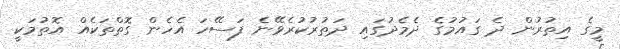
މީގެ އިތުރުން ދެ ގައުމުގެ ދެމެދުގައި ދަތުރުކުރެވޭނެ ފަސޭހަ އެހެން ގޮތްތަކެއް އޮތުމަކީ